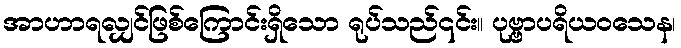
အာဟာရလျှင်ဖြစ်ကြောင်းရှိသော ရုပ်သည်၎င်း။ ပုဗ္ဗာပရိယဝသေန၊